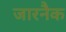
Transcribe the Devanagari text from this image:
जारनैक